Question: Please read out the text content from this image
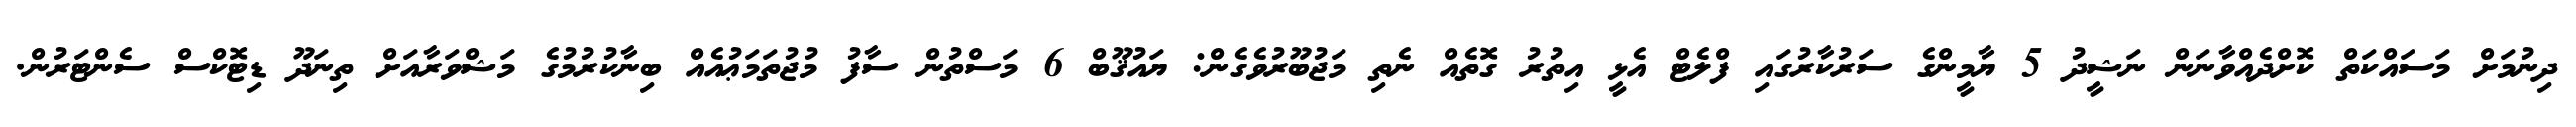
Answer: ދިނުމަށް މަސައްކަތް ކޮށްދެއްވާނަން ނަޝީދު 5 ޔާމީންގެ ސަރުކާރުގައި ފްލެޓް އެޅީ އިތުރު ގޮތެއް ނެތި މަޖުބޫރުވެގެން: ޔައުޤޫބް 6 މަސްތުން ސާފު މުޖުތަމަޢުއެއް ބިނާކުރުމުގެ މަޝްވަރާއަށް ތިނަދޫ ޑިޓޮކްސް ސެންޓަރުން.